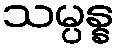
သမ္ပန္န